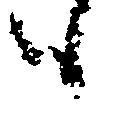
も